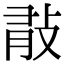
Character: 𢼿